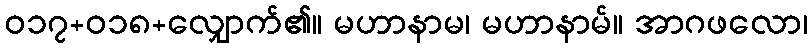
ဝ၁၇+၀၁၈+လျှောက်၏။ မဟာနာမ၊ မဟာနာမ်။ အာဂဖလော၊